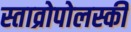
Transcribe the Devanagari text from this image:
स्ताव्रोपोलस्की